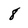
Character: 8